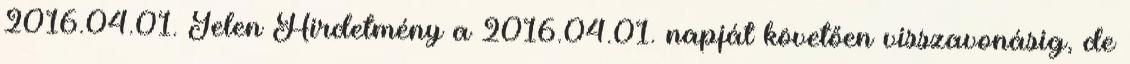
2016.04.01. Jelen Hirdetmény a 2016.04.01. napját követően visszavonásig, de